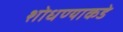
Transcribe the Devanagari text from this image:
शोधण्याकडे